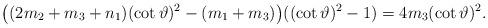
LaTeX: \begin{align*} \big( (2m_{2}+m_{3}+n_{1}) (\cot \vartheta )^{2}-(m_{1}+m_{3})\big) ((\cot \vartheta )^{2}-1)= 4m_{3}(\cot \vartheta )^{2}.\end{align*}